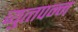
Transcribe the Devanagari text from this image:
व्युत्त्पन्न